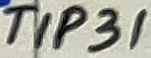
Text: TIP31